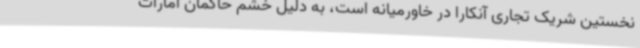
نخستین شریک تجاری آنکارا در خاورمیانه است، به دلیل خشم حاکمان امارات